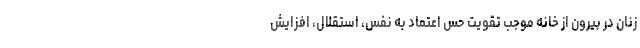
زنان در بیرون از خانه موجب تقویت حس اعتماد به نفس، استقلال، افزایش